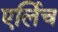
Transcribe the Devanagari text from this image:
एर्लिच